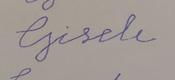
Signature authenticity: forged